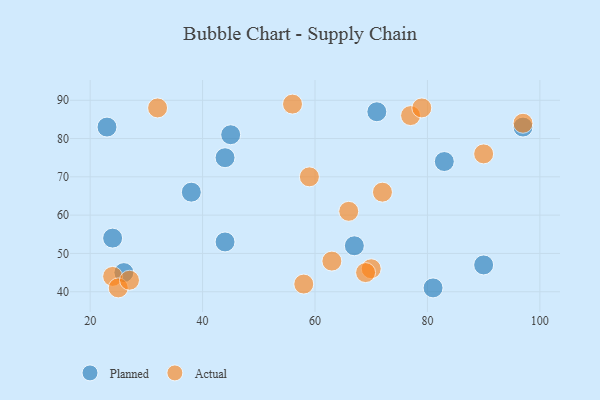
{"axis": {"x": "GDP", "y": "Life Expectancy"}, "legend": ["Actual", "Planned"], "data": [{"x": "67", "y": 52, "type": "Planned"}, {"x": "44", "y": 53, "type": "Planned"}, {"x": "45", "y": 81, "type": "Planned"}, {"x": "44", "y": 75, "type": "Planned"}, {"x": "38", "y": 66, "type": "Planned"}, {"x": "26", "y": 45, "type": "Planned"}, {"x": "24", "y": 54, "type": "Planned"}, {"x": "71", "y": 87, "type": "Planned"}, {"x": "23", "y": 83, "type": "Planned"}, {"x": "90", "y": 47, "type": "Planned"}, {"x": "83", "y": 74, "type": "Planned"}, {"x": "81", "y": 41, "type": "Planned"}, {"x": "97", "y": 83, "type": "Planned"}, {"x": "58", "y": 42, "type": "Actual"}, {"x": "77", "y": 86, "type": "Actual"}, {"x": "72", "y": 66, "type": "Actual"}, {"x": "97", "y": 84, "type": "Actual"}, {"x": "70", "y": 46, "type": "Actual"}, {"x": "24", "y": 44, "type": "Actual"}, {"x": "59", "y": 70, "type": "Actual"}, {"x": "66", "y": 61, "type": "Actual"}, {"x": "32", "y": 88, "type": "Actual"}, {"x": "69", "y": 45, "type": "Actual"}, {"x": "79", "y": 88, "type": "Actual"}, {"x": "25", "y": 41, "type": "Actual"}, {"x": "56", "y": 89, "type": "Actual"}, {"x": "63", "y": 48, "type": "Actual"}, {"x": "90", "y": 76, "type": "Actual"}, {"x": "27", "y": 43, "type": "Actual"}]}